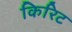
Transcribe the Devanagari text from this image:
किरिट